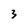
Character: 3